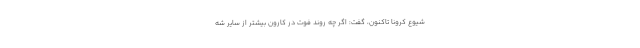
شیوع کرونا تاکنون، گفت: اگر چه روند فوت در کارون بیشتر از سایر شه